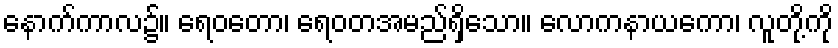
နောက်ကာလ၌။ ရေဝတော၊ ရေဝတအမည်ရှိသော။ လောကနာယကော၊ လူတို့ကို